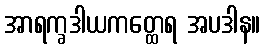
အာရက္ခဒါယကတ္ထေရ အပဒါန။